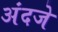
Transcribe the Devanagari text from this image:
अंदजे